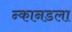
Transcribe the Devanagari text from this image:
न्कानडला